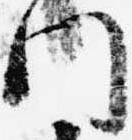
門